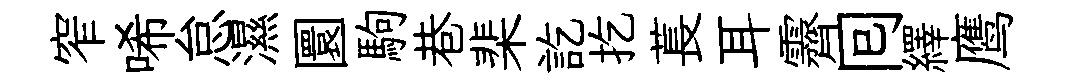
窄唏怠濕圜駒巷棐訖扢萇耳霽囘繹鹰